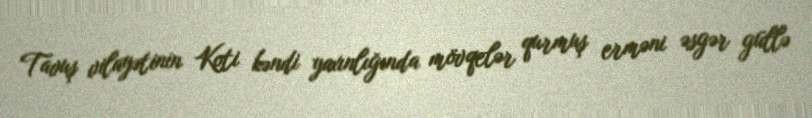
Tavuş vilayətinin Koti kəndi yaxınlığında mövqelər qurmuş erməni əsgər güllə